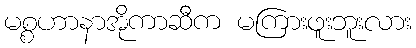
မစ္စဟာနာအိုကာဆီက မကြားဖူးဘူးလား